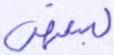
لبعض